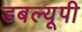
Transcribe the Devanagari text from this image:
डबल्यूपी